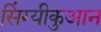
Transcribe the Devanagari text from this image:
सिंग्यीकुआन